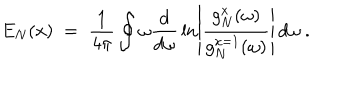
LaTeX: E _ { N } ( x ) \; = \; { \frac { 1 } { 4 \pi } } \oint \omega { \frac { d } { d \omega } } \ln \left| { \frac { g _ { N } ^ { x } ( \omega ) } { g _ { N } ^ { x = 1 } ( \omega ) } } \right| \, d \omega \; .